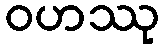
ဝဟဿု